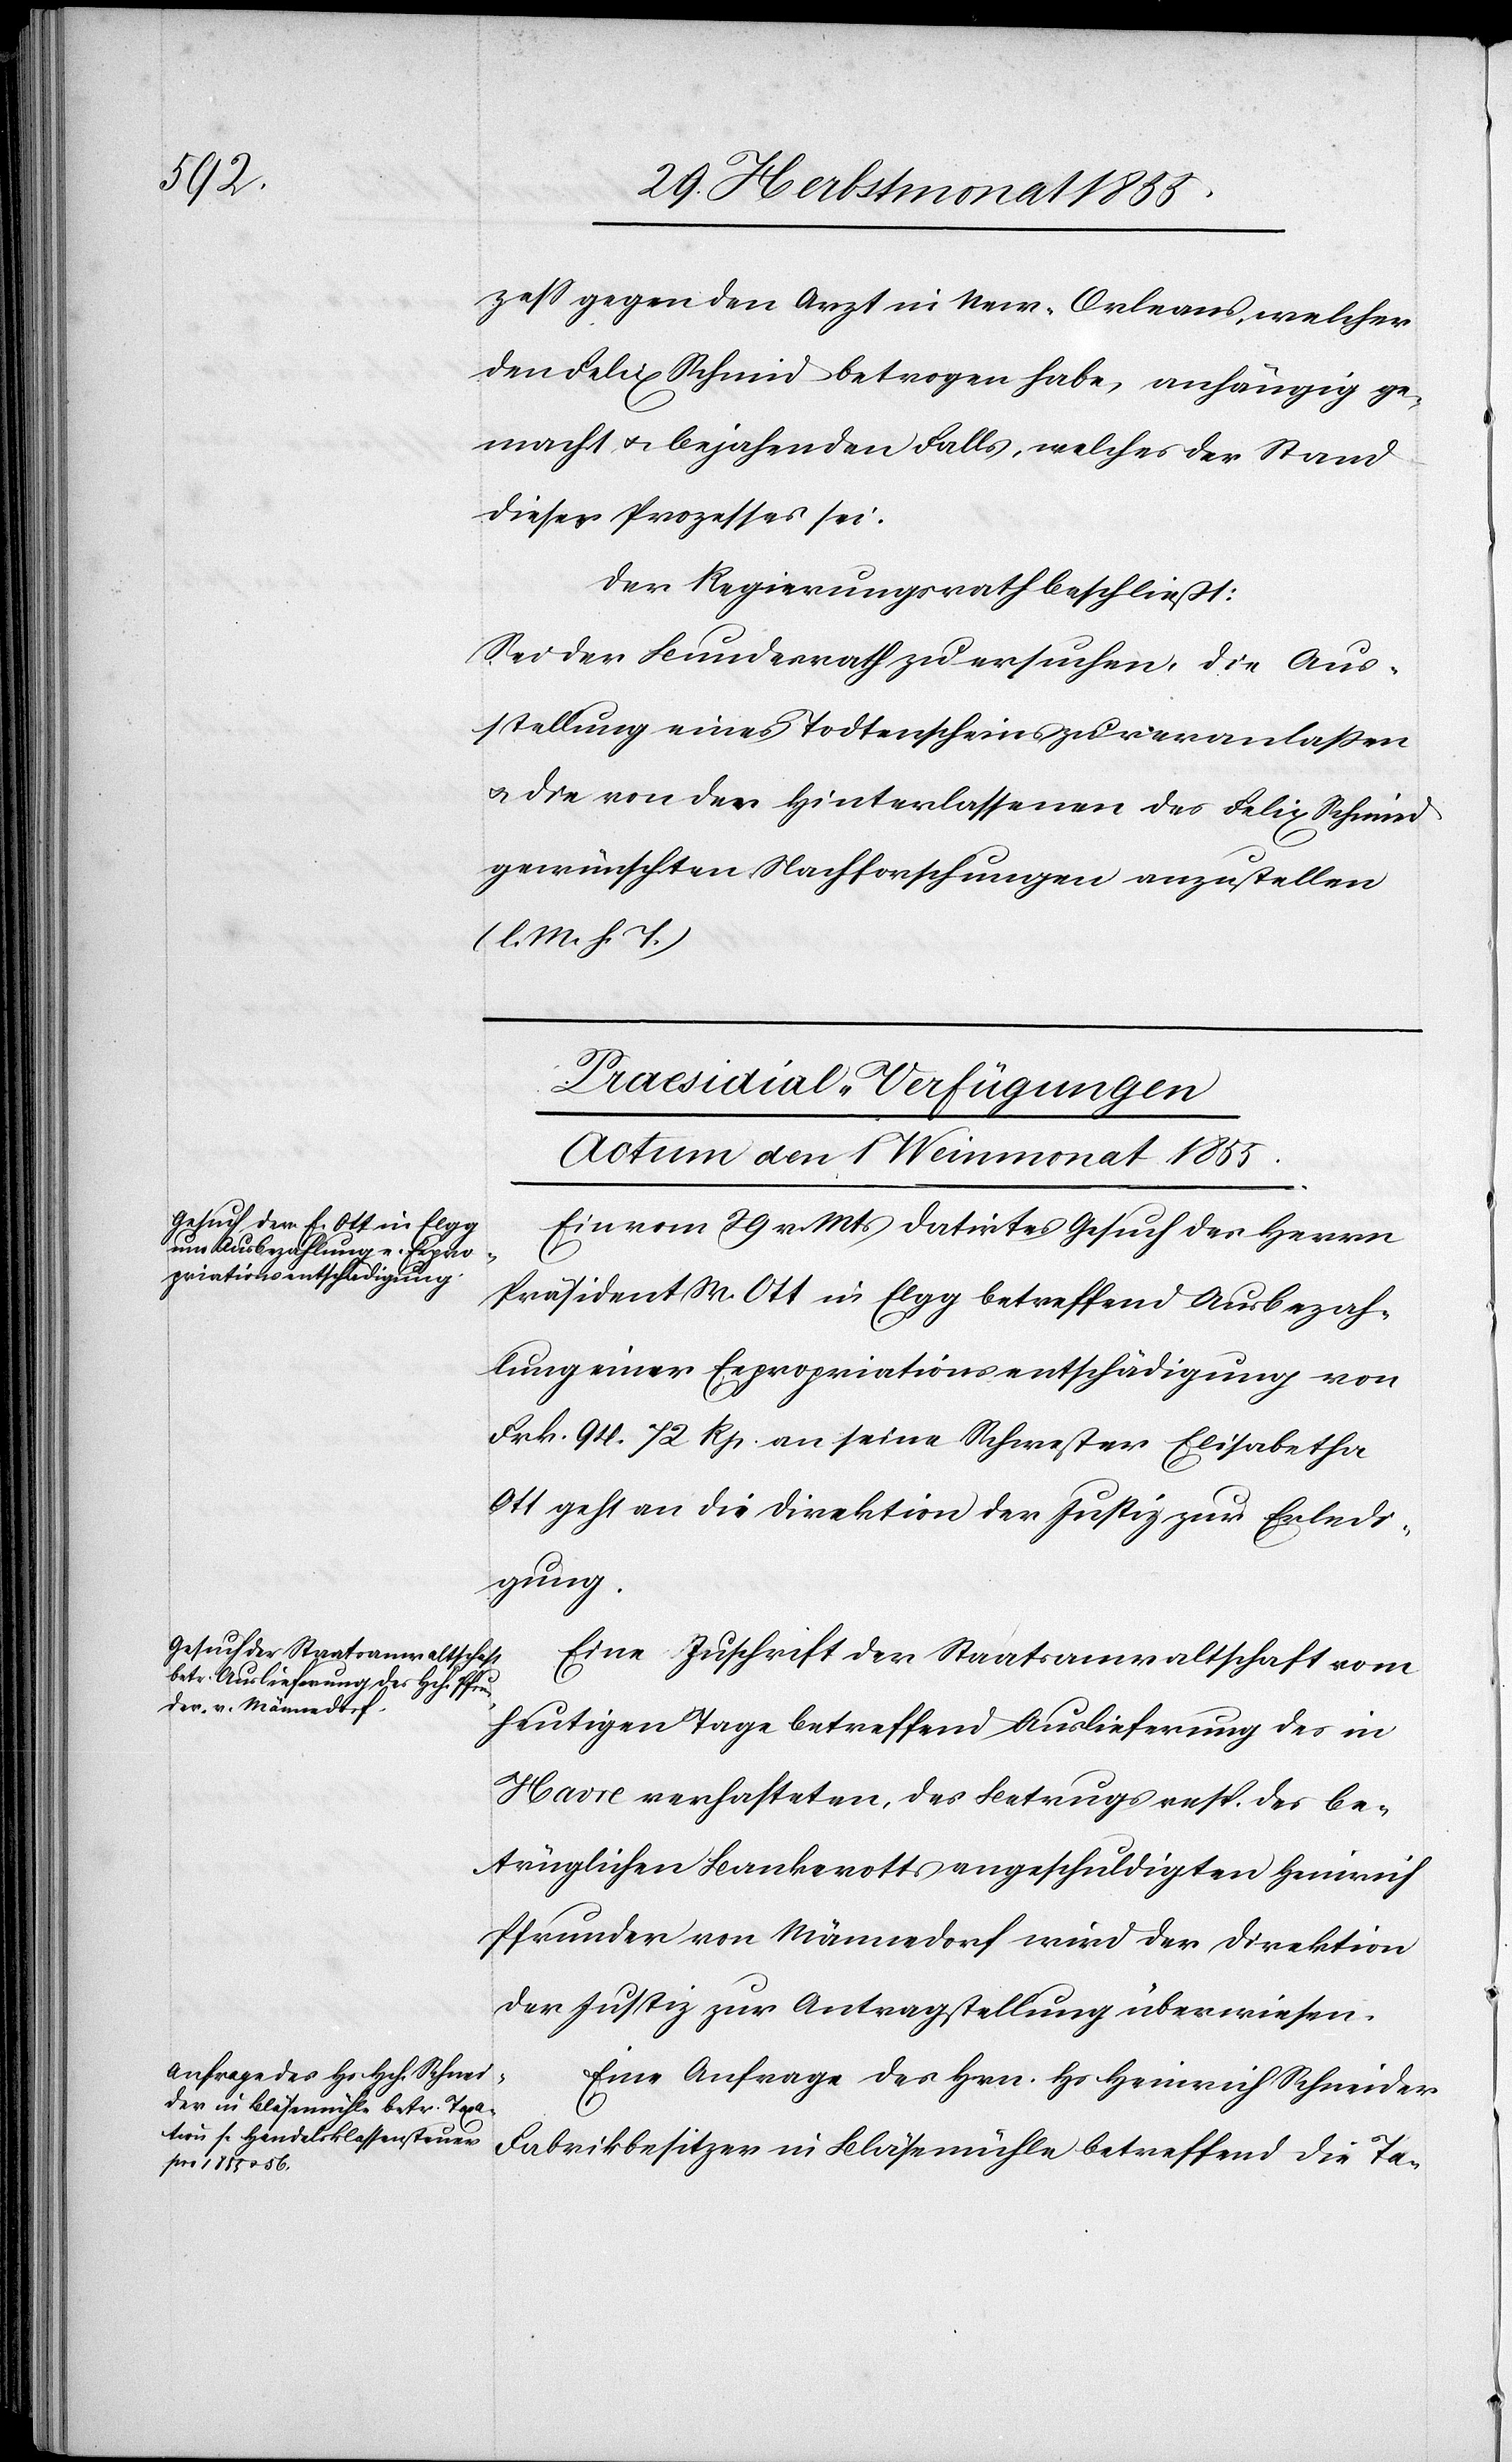
zess gegen den Arzt in New-Orleans, welcher
den Felix Schmid betrogen habe, anhängig ge¬
macht & bejahenden Falls, welches der Stand
dieses Prozesses sei.
Der Regierungsrath beschließt:
Sei der Bundesrath zu ersuchen, die Aus¬
stellung eines Todtenscheins zu veranlaßen
& die von den Hinterlassenen des Felix Schmid
gewünschten Nachforschungen anzustellen
(l. M. h. T.)
[Praesidial-Verfügungen
Actum den 1 Weinmonat 1855.]
Ein vom 29 v. Mts datirtes Gesuch des Herrn
Präsident M. Ott in Elgg betreffend Ausbezah¬
lung einer Expropriationsentschädigung von
Frk. 94. 72 Rp. an seine Schwester Elisabetha
Ott geht an die Direktion der Justiz zur Erledi¬
gung.
Eine Zuschrift der Staatsanwaltschaft vom
heutigen Tage betreffend Auslieferung des in
Havre verhafteten, des Betrugs resp. des be¬
trüglichen Bankerotts angeschuldigten Heinrich
Pfrunder von Männedorf wird der Direktion
der Justiz zur Antragstellung überwiesen.
Eine Anfrage des Hrn. Hs. Heinrich Schneider
Fabrikbesitzer in Bläsemühle betreffend die Ta-